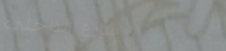
شارع الداخلي